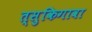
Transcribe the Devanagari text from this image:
त्सुकिगावा